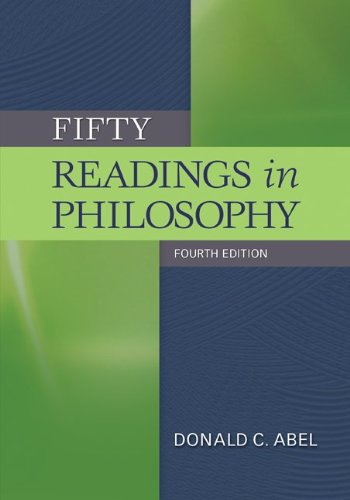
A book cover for Fifty Readings in Philosophy; Donald Abel; Politics & Social Sciences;